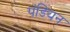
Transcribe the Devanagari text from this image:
पंडियन